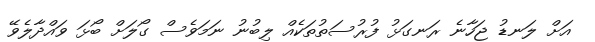
އަށް ލަނޑު ޖަހާނެ ރަނގަޅު ފުރުސަތުތަކެއް ލިބުނު ނަމަވެސް ގޯލަށް ބޯޅަ ވައްދާލެވޭ